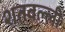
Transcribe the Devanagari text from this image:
शतवल्ली